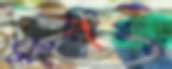
সংলিপ্ততা